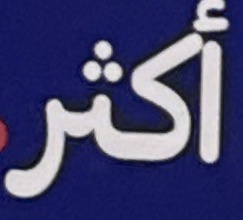
أكثر